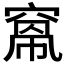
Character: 𥦻